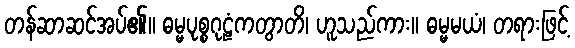
တန်ဆာဆင်အပ်၏။ ဓမ္မပုစ္စဂုဠံကတွာတိ၊ ဟူသည်ကား။ ဓမ္မမယံ၊ တရားဖြင့်